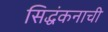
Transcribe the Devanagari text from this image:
सिद्धंकनाची